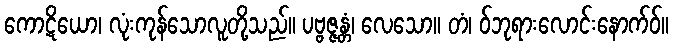
ကောဋိယော၊ လုံးကုန်သောလူတို့သည်။ ပဗ္ဗဇ္ဇန္တံ၊ လေသော။ တံ၊ ဝ်ဘုရားလောင်းနောက်ဝ်။